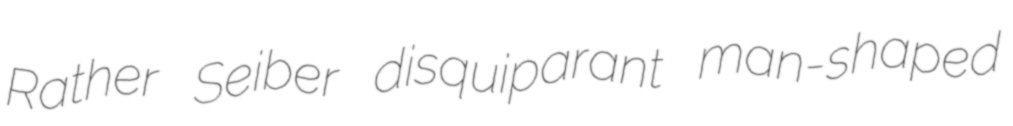
Rather Seiber disquiparant man-shaped